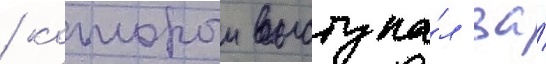
/ которыи выступа́л за́